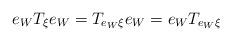
LaTeX: \begin{align*}e_W T_\xi e_W = T_{e_W \xi} e_W = e_W T_{e_W \xi}\end{align*}